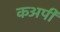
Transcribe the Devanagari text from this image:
कअपी